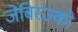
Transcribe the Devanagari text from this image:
जेबिस्ज्को